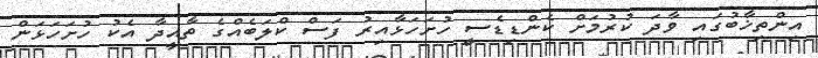
އިންތިޚާބުގައި ވާދަ ކުރުމަށް ކެންޑިޑެސީ ހުށަހަޅާއިރު ފަސް ކްލަބެއްގެ ތާއީދާ އެކު ހުށަހަަޅަން